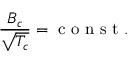
\frac { B _ { c } } { \sqrt { T _ { c } } } = \mathrm { ~ c ~ o ~ n ~ s ~ t ~ } .